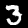
Digit: 3